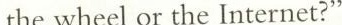
the wheel or the Internet?"